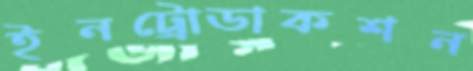
ইনট্রোডাকশন